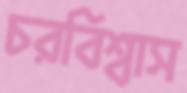
চরবিশ্বাস